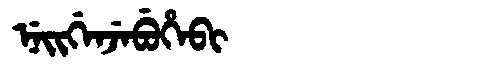
Manchu: ᠨᡝᡳᡤᡝᠨᠵᡝᠪᡠᡥᡝᠪᡳ
Romanization: NEIGENJEBUHEBI